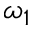
\omega _ { 1 }